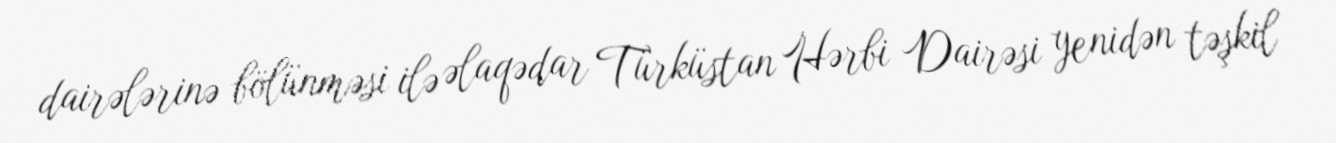
dairələrinə bölünməsi ilə əlaqədar Türküstan Hərbi Dairəsi yenidən təşkil